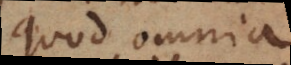
quod omnia